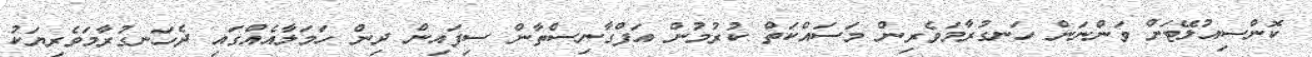
ކޮންސިއުލޭޓަށް ވަންނަން ހަނގުރާމަވެރިން މަސައްކަތް ކުރުމުން އަފްގާނިސްތާން ސިފައިން ދިން ހަމަލާއެއްގައި ދެހަނގުރާމަވެރިޔަކު